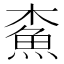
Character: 𩵴